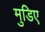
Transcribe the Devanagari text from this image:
मुडिए